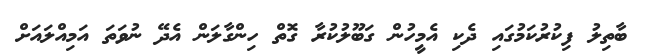
ބާތިލު ފިކުރުކަމުގައި ދެކި އެމީހުން ގަބޫލުކުރާ ގޮތް ހިންގާލަން އެދޭ ނުވަތަ އަމިއްލައަށް